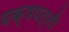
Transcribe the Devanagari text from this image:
यक्षपत्‍नी